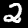
Label: 2